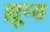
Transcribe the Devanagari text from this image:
ह्यूय्स